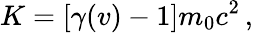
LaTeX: K=[\gamma(v)-1]m_{0}c^{2}\, ,